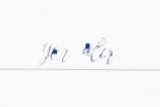
yer alır.